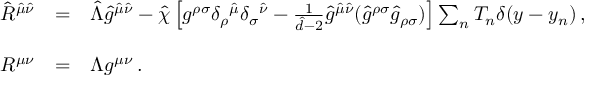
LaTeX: \begin{array} { r c l } { { \hat { R } ^ { \hat { \mu } \hat { \nu } } } } & { { = } } & { { \hat { \Lambda } \hat { g } ^ { \hat { \mu } \hat { \nu } } - \hat { \chi } \left[ g ^ { \rho \sigma } \delta _ { \rho } { } ^ { \hat { \mu } } \delta _ { \sigma } { } ^ { \hat { \nu } } - { \textstyle \frac { 1 } { \hat { d } - 2 } } \hat { g } ^ { \hat { \mu } \hat { \nu } } ( \hat { g } ^ { \rho \sigma } \hat { g } _ { \rho \sigma } ) \right] \sum _ { n } T _ { n } \delta ( y - y _ { n } ) \, , } } \\ { { } } & { { } } & { { } } \\ { { R ^ { \mu \nu } } } & { { = } } & { { \Lambda g ^ { \mu \nu } \, . } } \end{array}